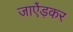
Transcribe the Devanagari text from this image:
जाऐंड़कर